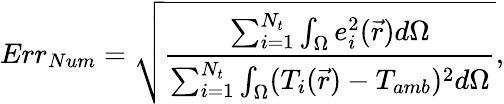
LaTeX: Err_{Num}=\sqrt{\frac{\sum_{i=1}^{N_{t}}\int_{\Omega}e_{i}^{2}(\vec{r})d\Omega}{\sum_{i=1}^{N_{t}}\int_{\Omega}(T_{i}(\vec{r})-T_{amb})^{2}d\Omega}},